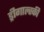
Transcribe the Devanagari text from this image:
ड्रीगाल्स्की